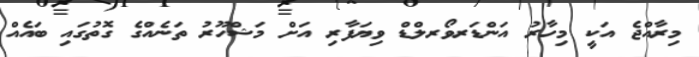
މިރާއްޖެ އަކީ މިހާރު އަންޑަރވޯރލްޑް ވިޔަފާރި އަށް މަޝްހޫރު ތަނެއްގެ ގޮތުގައި ބައެއް